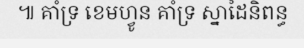
៕ គាំទ្រ ខេមហ្វូន គាំទ្រ ស្នាដៃនិពន្ធ